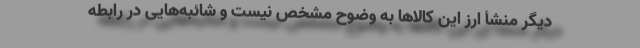
دیگر منشأ ارز این کالا‌ها به وضوح مشخص نیست و شائبه‌هایی در رابطه